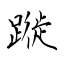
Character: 蹝